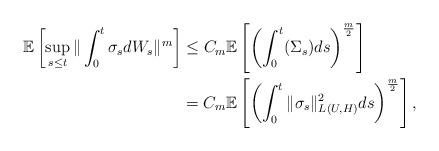
LaTeX: \begin{align*}\mathbb E\left[\sup_{s\leq t}\|\int_0^t \sigma_s dW_s\|^m\right]&\leq C_m \mathbb E\left[\left(\int_0^t (\Sigma_s) ds\right)^{\frac m2}\right] \\&=C_m\mathbb E\left[\left(\int_0^t \|\sigma_s\|_{L_{}(U,H)}^2 ds\right)^{\frac m2}\right],\end{align*}